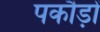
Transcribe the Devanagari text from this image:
पकौड़ों